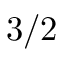
3 / 2